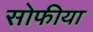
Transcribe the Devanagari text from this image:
सोफीया